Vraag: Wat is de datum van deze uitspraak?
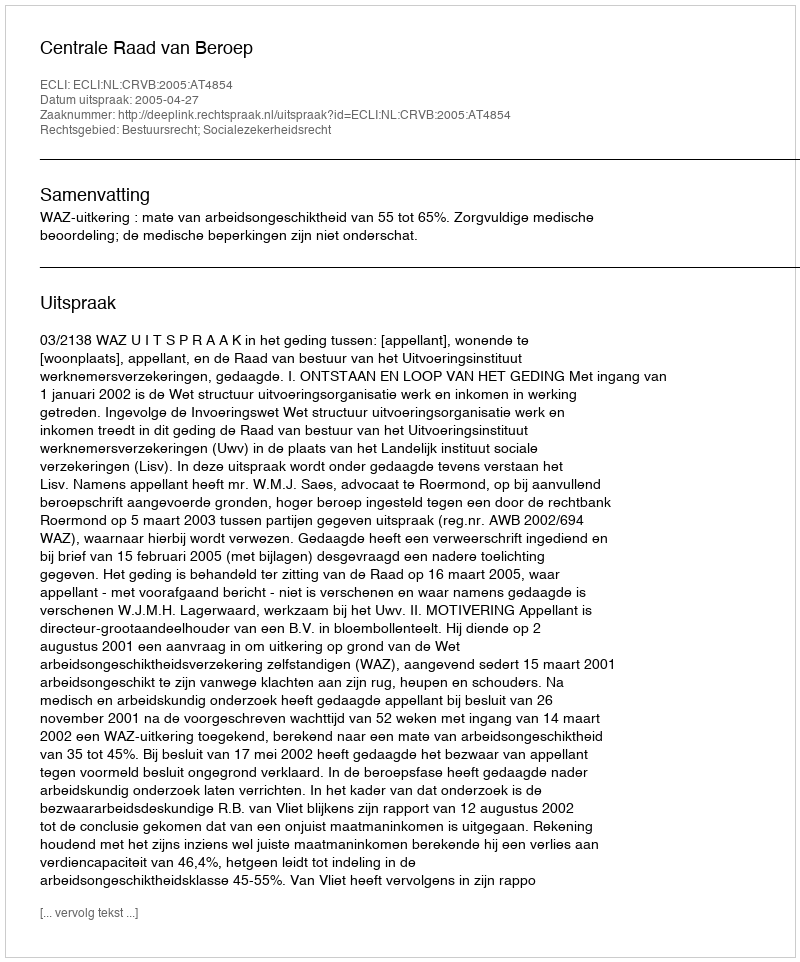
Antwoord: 2005-04-27